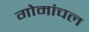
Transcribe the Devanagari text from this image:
गोमांचल